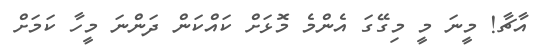
އާޗާ! މީނަ މީ މިގޭގަ އެންމެ މޮޅަށް ކައްކަން ދަންނަ މީހާ ކަމަށް